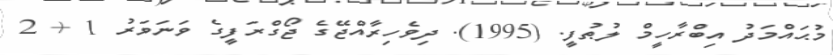
މުޙައްމަދު އިބްރާހީމް ލުޠުފީ. (1995). ދިވެހިރާއްޖޭގެ ޖޯގްރަފީގެ ވަނަވަރު 1 + 2